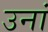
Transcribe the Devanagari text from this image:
उनां